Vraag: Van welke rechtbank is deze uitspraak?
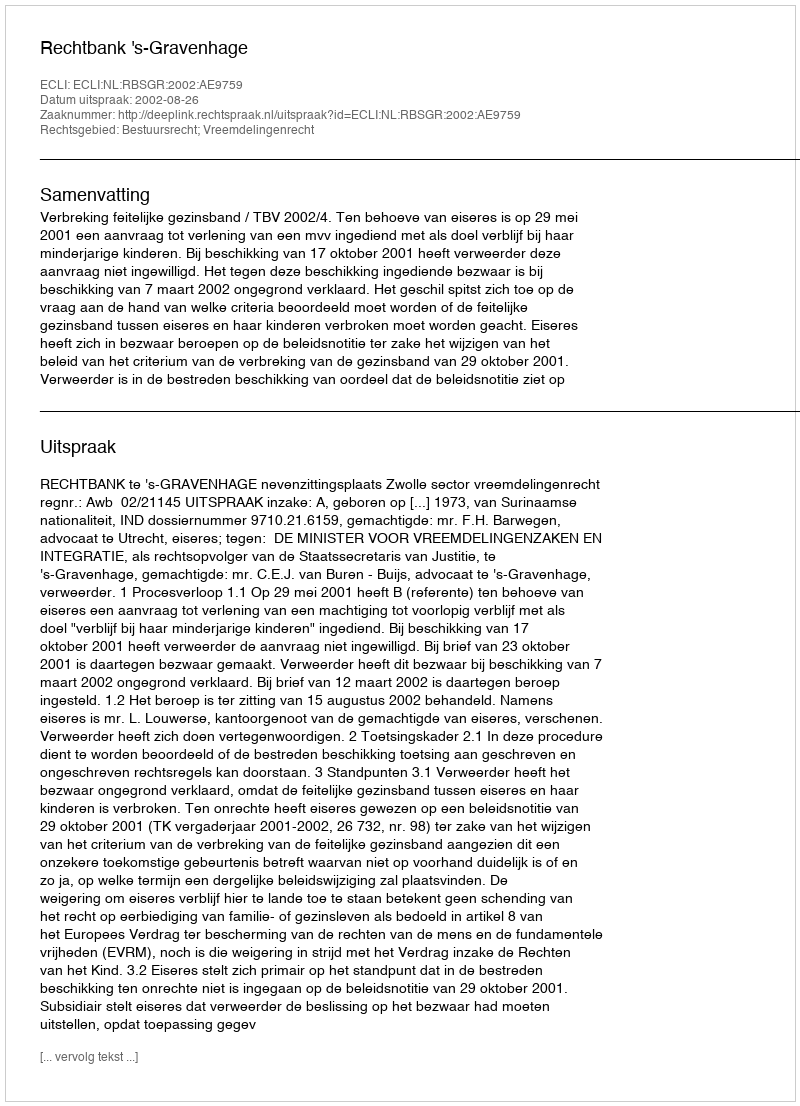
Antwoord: Rechtbank 's-Gravenhage